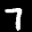
Label: 7